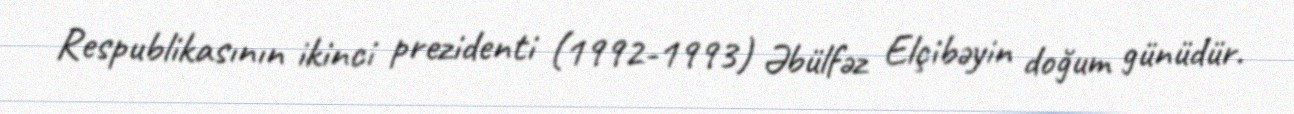
Respublikasının ikinci prezidenti (1992-1993) Əbülfəz Elçibəyin doğum günüdür.